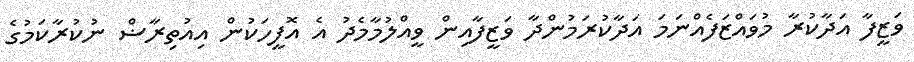
ވަޒީފާ އަދާކުރާ މުވައްޒަފެއްނަމަ އަދާކުރަމުންދާ ވަޒީފާއިން ވީއްލުމާމެދު އެ އޮފީހަކުން އިއުތިރާޟް ނުކުރާކަމުގެ